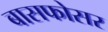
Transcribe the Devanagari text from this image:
बासफोसर